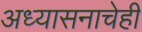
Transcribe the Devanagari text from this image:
अध्यासनाचेही